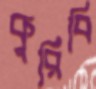
কুরিবি